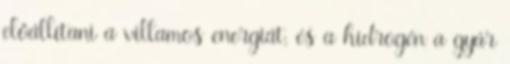
előállítani a villamos energiát, és a hidrogén a gyár